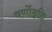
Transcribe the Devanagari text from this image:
वर्णोन्नति